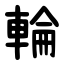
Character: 輪